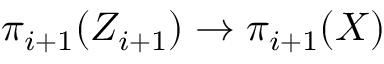
\pi _ { i + 1 } ( Z _ { i + 1 } ) \to \pi _ { i + 1 } ( X )